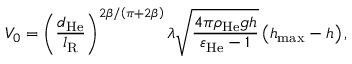
V _ { 0 } = \left( \frac { d _ { \mathrm { H e } } } { l _ { \mathrm { R } } } \right) ^ { 2 \beta / \left( \pi + 2 \beta \right) } \lambda \sqrt { \frac { 4 \pi \rho _ { \mathrm { H e } } g h } { \varepsilon _ { \mathrm { H e } } - 1 } } \left( h _ { \operatorname* { m a x } } - h \right) ,